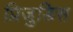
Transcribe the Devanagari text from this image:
प्रिजुडिस